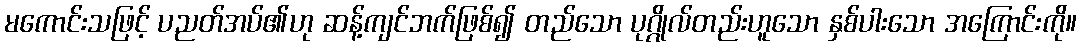
မကောင်းသဖြင့် ပညတ်အပ်၏ဟု ဆန့်ကျင်ဘက်ဖြစ်၍ တည်သော ပုဂ္ဂိုလ်တည်းဟူသော နှစ်ပါးသော အကြောင်းကို။